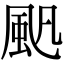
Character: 𩖛